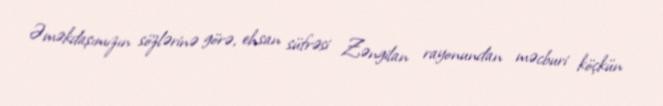
Əməkdaşımızın sözlərinə görə, ehsan süfrəsi Zəngilan rayonundan məcburi köçkün